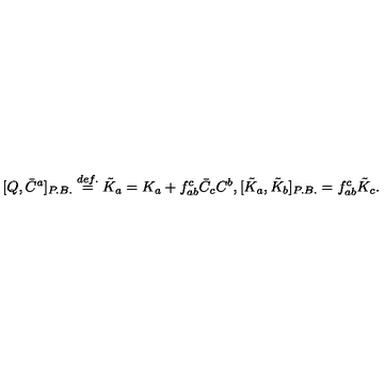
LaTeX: [ Q , \bar { C } ^ { a } ] _ { P . B . } \stackrel { d e f . } { = } \tilde { K } _ { a } = K _ { a } + f _ { a b } ^ { c } \bar { C } _ { c } C ^ { b } , [ \tilde { K } _ { a } , \tilde { K } _ { b } ] _ { P . B . } = f _ { a b } ^ { c } \tilde { K } _ { c } .